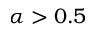
\alpha > 0 . 5